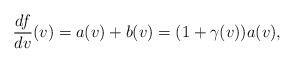
LaTeX: \begin{align*} \frac{df}{dv}(v)=a(v)+b(v)=(1+\gamma(v))a(v),\end{align*}